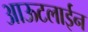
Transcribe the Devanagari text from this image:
आऊटलाईन